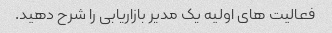
فعالیت های اولیه یک مدیر بازاریابی را شرح دهید.